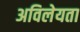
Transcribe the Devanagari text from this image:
अविलेयता